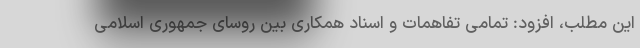
این مطلب، افزود: تمامی تفاهمات و اسناد همکاری بین روسای جمهوری اسلامی